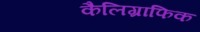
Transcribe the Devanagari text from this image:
कैलिग्राफिक